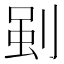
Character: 𭃳